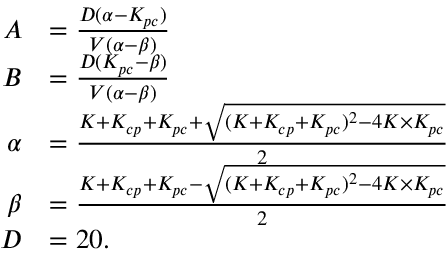
\begin{array} { r l } { A } & { = \frac { D ( \alpha - K _ { p c } ) } { V ( \alpha - \beta ) } } \\ { B } & { = \frac { D ( K _ { p c } - \beta ) } { V ( \alpha - \beta ) } } \\ { \alpha } & { = \frac { K + K _ { c p } + K _ { p c } + \sqrt { ( K + K _ { c p } + K _ { p c } ) ^ { 2 } - 4 K \times K _ { p c } } } { 2 } } \\ { \beta } & { = \frac { K + K _ { c p } + K _ { p c } - \sqrt { ( K + K _ { c p } + K _ { p c } ) ^ { 2 } - 4 K \times K _ { p c } } } { 2 } } \\ { D } & { = 2 0 . } \end{array}